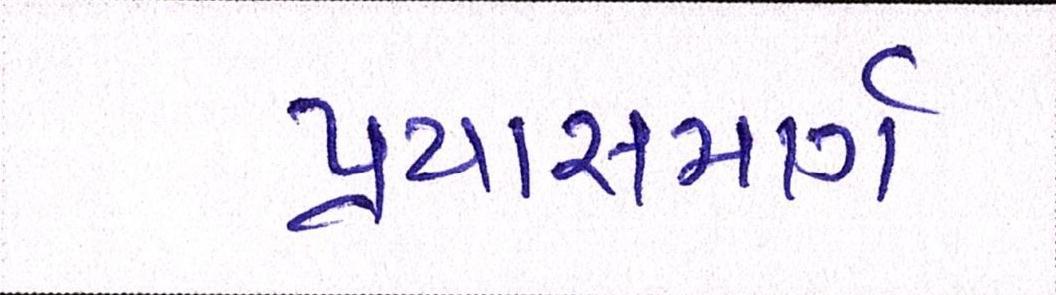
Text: પ્રયાસમાર્ગ